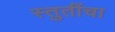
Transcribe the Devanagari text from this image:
स्तुतींचा